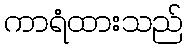
ကာရံထားသည်